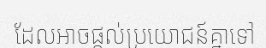
ដែលអាចផ្តល់ប្រយោជន៍គ្នាទៅ